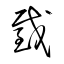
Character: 截